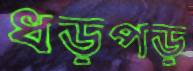
ধড়পড়